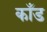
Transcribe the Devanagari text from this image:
काँड